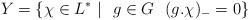
LaTeX: \begin{align*}Y=\{ \chi\in L^*\ \vert \ \ g\in G\ \ (g.\chi)_-=0\}\end{align*}